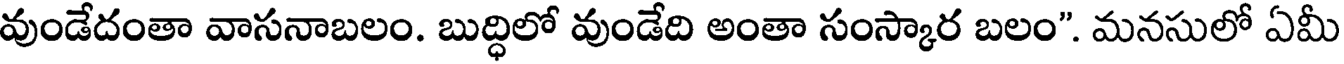
వుండేదంతా వాసనాబలం. బుద్ధిలో వుండేది అంతా సంస్కార బలం". మనసులో ఏమీ